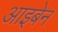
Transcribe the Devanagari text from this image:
आइबेन